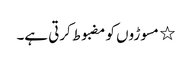
٭ مسوڑوں کو مضبوط کرتی ہے۔